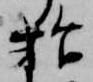
始